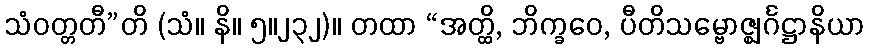
သံဝတ္တတီ”တိ (သံ။ နိ။ ၅။၂၃၂)။ တထာ “အတ္ထိ, ဘိက္ခဝေ, ပီတိသမ္ဗောဇ္ဈင်္ဂဋ္ဌာနိယာ